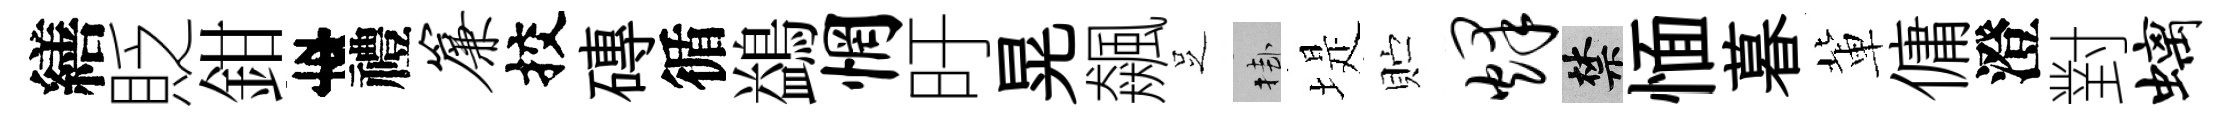
繕貶鉗李禮帘挍磚循鷁惘旴晃飆𠯁挂堤贮烽禁愐暮軰傭澄對螭